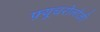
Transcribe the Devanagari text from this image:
फ़्यूचरोलोजी